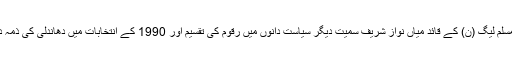
سپریم کورٹ نے 2012 میں اس کیس کا فیصلہ سناتے ہوئے اسلامی جمہوری اتحاد کی تشکیل کیلئے مسلم لیگ (ن) کے قائد میاں نواز شریف سمیت دیگر سیاست دانوں میں رقوم کی تقسیم اور 1990 کے انتخابات میں دھاندلی کی ذمہ داری مرزا اسلم بیگ اور آئی ایس آئی کے سابق سربراہ لیفٹیننٹ جنرل ریٹائرڈ اسد درنی پر عائد کی تھی۔